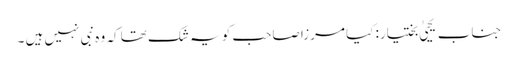
جناب یحییٰ بختیار: کیا مرزا صاحب کو یہ شک تھا کہ وہ نبی نہیں ہیں ۔